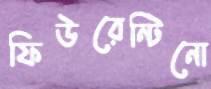
ফিউরেন্টিনো